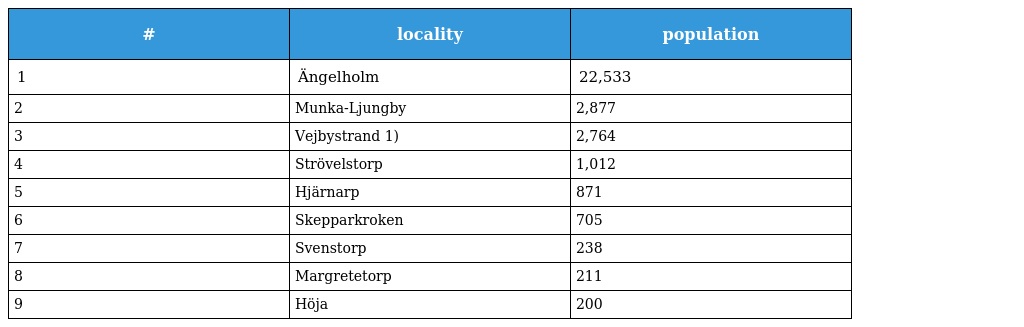
| # | locality | population |
 | --- | --- | --- |
 | 1 | Ängelholm | 22,533 |
 | 2 | Munka-Ljungby | 2,877 |
 | 3 | Vejbystrand 1) | 2,764 |
 | 4 | Strövelstorp | 1,012 |
 | 5 | Hjärnarp | 871 |
 | 6 | Skepparkroken | 705 |
 | 7 | Svenstorp | 238 |
 | 8 | Margretetorp | 211 |
 | 9 | Höja | 200 |